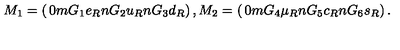
M _ { 1 } = \left( \begin{matrix} { 0 } \\ { m G _ { 1 } e _ { R } } \\ { n G _ { 2 } u _ { R } } \\ { n G _ { 3 } d _ { R } } \\ \end{matrix} \right) , M _ { 2 } = \left( \begin{matrix} { 0 } \\ { m G _ { 4 } \mu _ { R } } \\ { n G _ { 5 } c _ { R } } \\ { n G _ { 6 } s _ { R } } \\ \end{matrix} \right) .